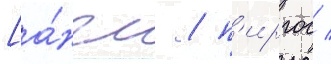
[а́нгл. / п'иргос /